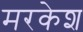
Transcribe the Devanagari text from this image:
मरकेश